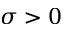
\sigma > 0